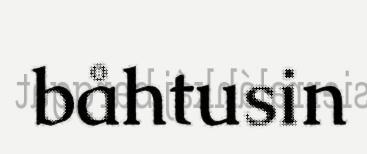
båhtusin